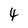
Character: 4